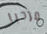
مرحبا